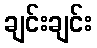
ချင်းချင်း